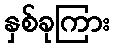
နှစ်ခုကြား